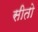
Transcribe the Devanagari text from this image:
सीतो